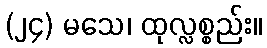
(၂၄) မသေ၊ ထုလ္လစ္စည်း။